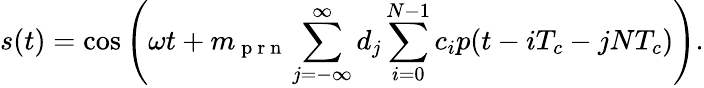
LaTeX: s(t)=\cos\left(\omega t+m_{\mathrm{~p~r~n~}}\sum_{j=-\infty}^{\infty}d_{j}\sum_{i=0}^{N-1}c_{i}p(t-iT_{c}-jNT_{c})\right).